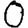
Digit: 0